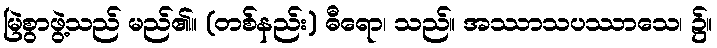
မြဲစွာဖွဲ့သည် မည်၏။ (တစ်နည်း) ဓီရော၊ သည်။ အဿာသပဿာသေ၊ ၌။